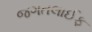
જગતલાઈફ